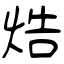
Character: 焅